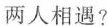
两人相遇?